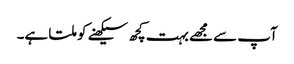
آپ سے مجھے بہت کچھ سیکھنے کو ملتا ہے۔